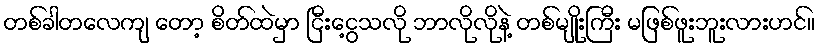
တစ်ခါတလေကျ တော့ စိတ်ထဲမှာ ငြီးငွေ့သလို ဘာလိုလိုနဲ့ တစ်မျိုးကြီး မဖြစ်ဖူးဘူးလားဟင်။